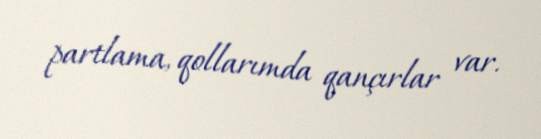
partlama, qollarımda qançırlar var.